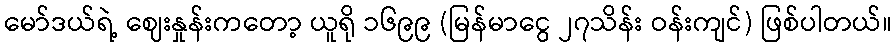
မော်ဒယ်ရဲ့ ဈေးနှုန်းကတော့ ယူရို ၁၆၉၉ (မြန်မာငွေ ၂၇သိန်း ဝန်းကျင်) ဖြစ်ပါတယ်။